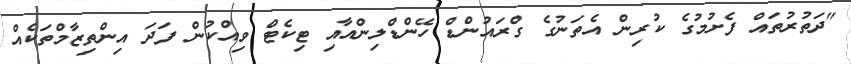
"ދަތުރުތައް ފެށުމުގެ ކުރިން އެތަނުގެ ގްރައުންޑް ހޭންޑްލިންއާއި ޓިކެޓް ވިއްކުން ފަދަ އިންތިޒާމްތަކެއް